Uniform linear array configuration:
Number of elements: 12
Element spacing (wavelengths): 0.25
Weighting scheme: hamming
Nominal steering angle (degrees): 60
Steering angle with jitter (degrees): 61.663
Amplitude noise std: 0.05
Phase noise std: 0.05

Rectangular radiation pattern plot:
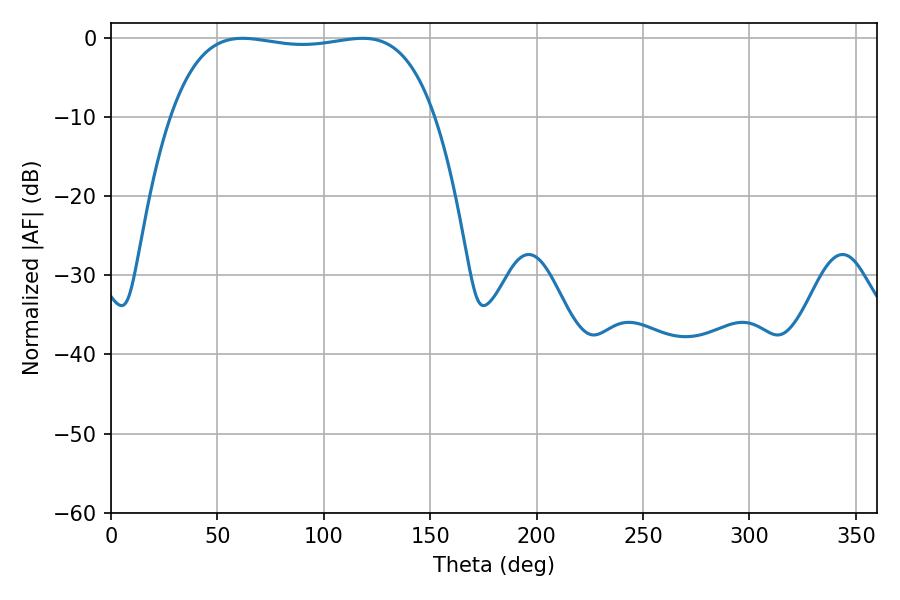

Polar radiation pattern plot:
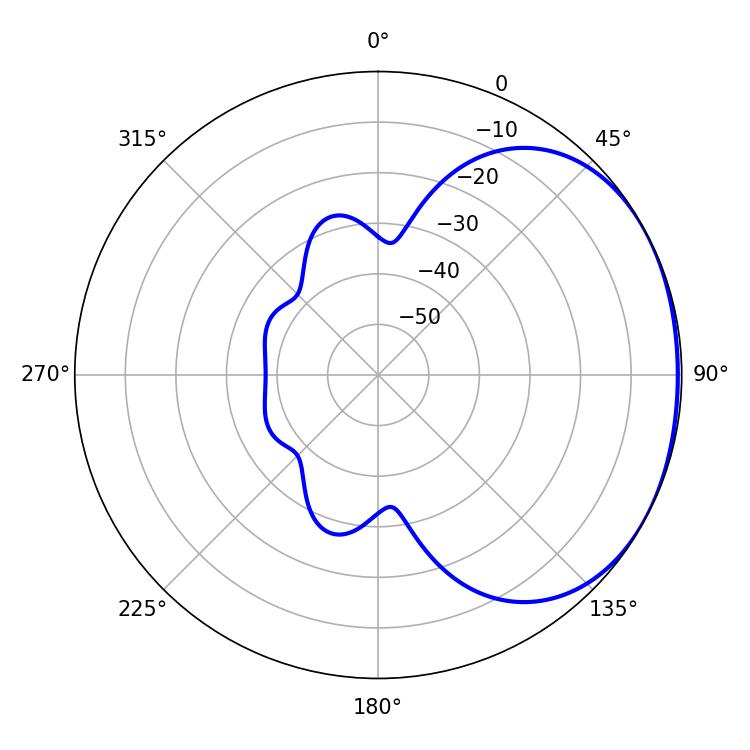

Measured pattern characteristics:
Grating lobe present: FALSE
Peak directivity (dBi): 1.48
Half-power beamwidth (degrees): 99
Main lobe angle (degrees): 61.74